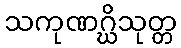
သကုဏဂ္ဃိသုတ္တ